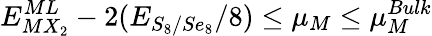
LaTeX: E_{MX_{2}}^{ML}-2(E_{S_{8}/Se_{8}}/8)\leq\mu_{M}\leq\mu_{M}^{Bulk}